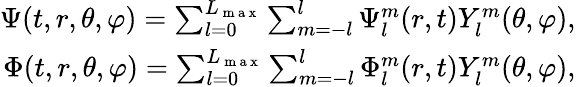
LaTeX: \begin{array}{r}{\Psi(t,r,\theta,\varphi)=\sum_{l=0}^{L_{\mathrm{~m~a~x~}}}\sum_{m=-l}^{l}{\Psi_{l}^{m}(r,t)Y_{l}^{m}(\theta,\varphi)},}\\ {\Phi(t,r,\theta,\varphi)=\sum_{l=0}^{L_{\mathrm{~m~a~x~}}}\sum_{m=-l}^{l}{\Phi_{l}^{m}(r,t)Y_{l}^{m}(\theta,\varphi)},}\end{array}